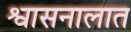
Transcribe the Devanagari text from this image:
श्वासनालात